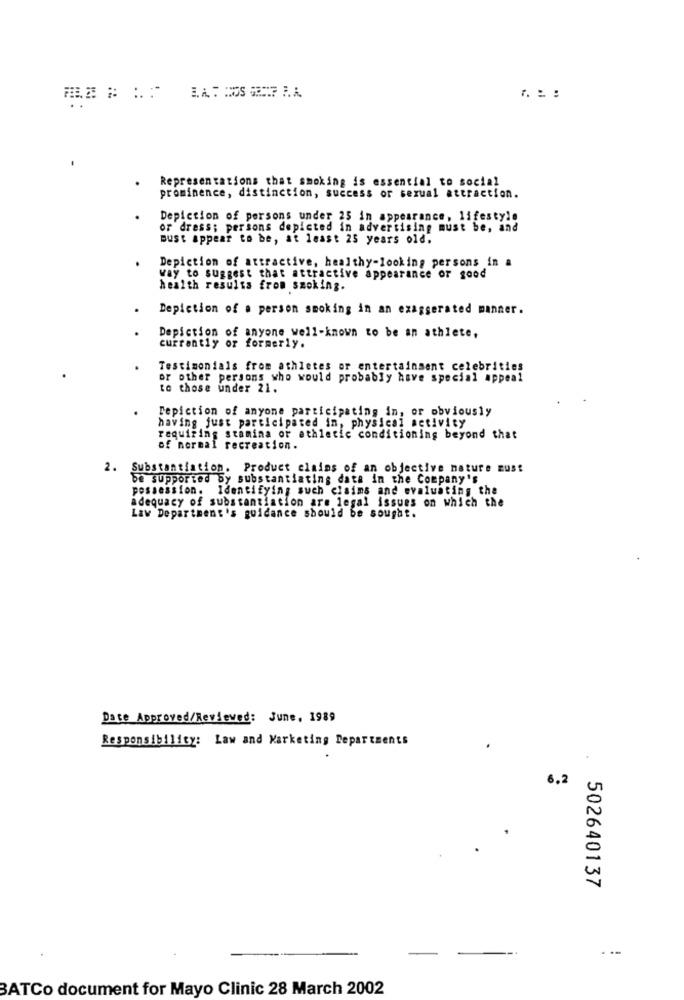
Representations that smoking is essential to social
prominence, distinction, success or sexual attraction.
Depiction of persons under 25 in appearance, lifestyle
or dress; persons depicted in advertising must be, and
must appear to be, at least 25 years old.
Depiction of attractive, healthy-looking persons in a
way to suggest that attractive appearance or good
health results from smoking.
Depiction of a person smoking in an exaggerated manner.
Depiction of anyone well-known to be an athlete,
currently or formerly.
Testimonials from athletes or entertainment celebrities
or other persons who would probably have special appeal
to those under 21.
Depiction of anyone participating in, or obviously
having just participated in, physical activity
requiring stamina or athletic conditioning beyond that
of normal recreation.
2. Substantiation. Product claims of an objective nature must
be supported by substantiating data in the Company's
possession. Identifying such claims and evaluating the
adequacy of substantiation are legal issues on which the
Law Department's guidance should be sought.
Date Approved/Reviewed: June, 1989
Responsibility: Law and Marketing Departments
6.2
502640137
-
BATCo document for Mayo Clinic 28 March 2002